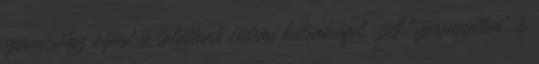
szerencséhez képest se találtunk érdemi különbséget. A "szerencsetlen" és